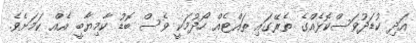
އަދި ކުޑަދުވަސްކޮޅެއްގެ ތެރޭގައި ތައްޓެއް ހޯދުމަކީ ވެސް ބޮޑު ކާމިޔާބީ އެއް ކަމަށެވެ.